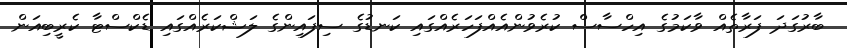
ބާރުގަދަ ފަރާތެއް ވާކަމުގެ އިހްސާސް ކުރެވުންއެއްފަހަރެއްގައި ކަނޑުގެ ސިފައިންގެ ލަޝްކަރެއްގައި ޑެކްސްޓާ ކެރީބިއަން